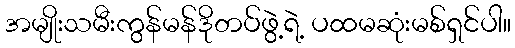
အမျိုးသမီးကွန်မန်ဒိုတပ်ဖွဲ့ရဲ့ ပထမဆုံးမစ်ရှင်ပါ။